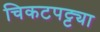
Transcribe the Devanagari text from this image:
चिकटपट्ट्या